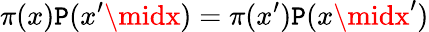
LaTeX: \pi(x)\mathtt{P}(x^{\prime}\midx)=\pi(x^{\prime})\mathtt{P}(x\midx^{\prime})